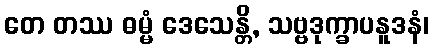
တေ တဿ ဓမ္မံ ဒေသေန္တိ, သဗ္ဗဒုက္ခာပနူဒနံ၊